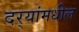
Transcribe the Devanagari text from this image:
दर्‍यांमधील